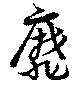
靡